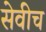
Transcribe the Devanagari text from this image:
सेवीच